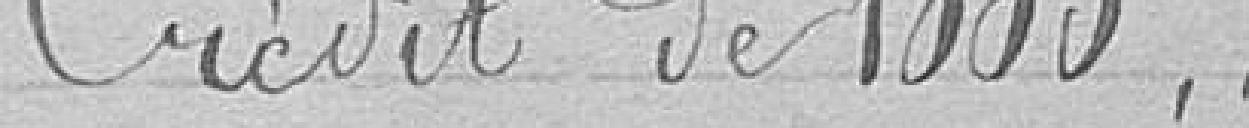
Crédit de 1 000 francs